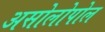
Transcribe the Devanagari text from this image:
असोलोपोल